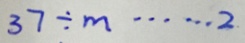
3 7 \div m \cdots 2